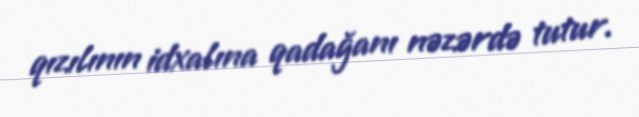
qızılının idxalına qadağanı nəzərdə tutur.